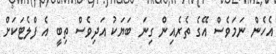
އެހެން ނަމަވެސް އޭގެ ތެރެއިން ގިނަ ބަޔަކު އަދިވެސް ތިބީ އެ ފްލެޓަަކަށް